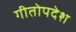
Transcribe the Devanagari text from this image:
गीतोपदेश